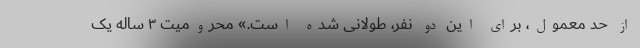
از حد معمول، برای این دو نفر، طولانی شده است.» محرومیت ۳ ساله یک